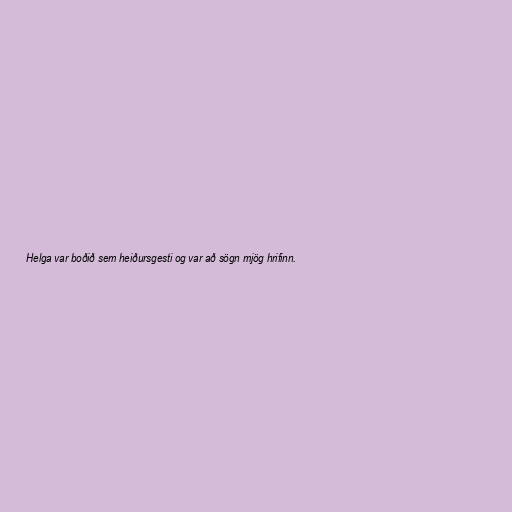
Helga var boðið sem heiðursgesti og var að sögn mjög hrifinn.